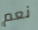
نعم